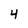
Character: 4